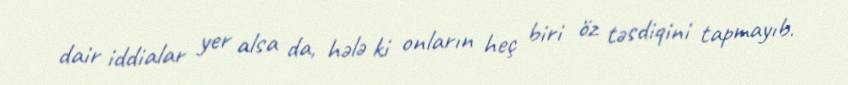
dair iddialar yer alsa da, hələ ki onların heç biri öz təsdiqini tapmayıb.